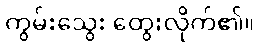
ကွမ်းသွေး ထွေးလိုက်၏။